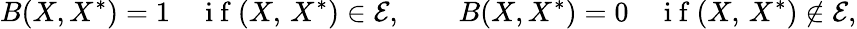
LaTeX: B(X,X^{\ast})=1\quad\mathrm{~i~f~}(X,\, X^{\ast})\in\mathcal{E},\qquad B(X,X^{\ast})=0\quad\mathrm{~i~f~}(X,\, X^{\ast})\not\in\mathcal{E},